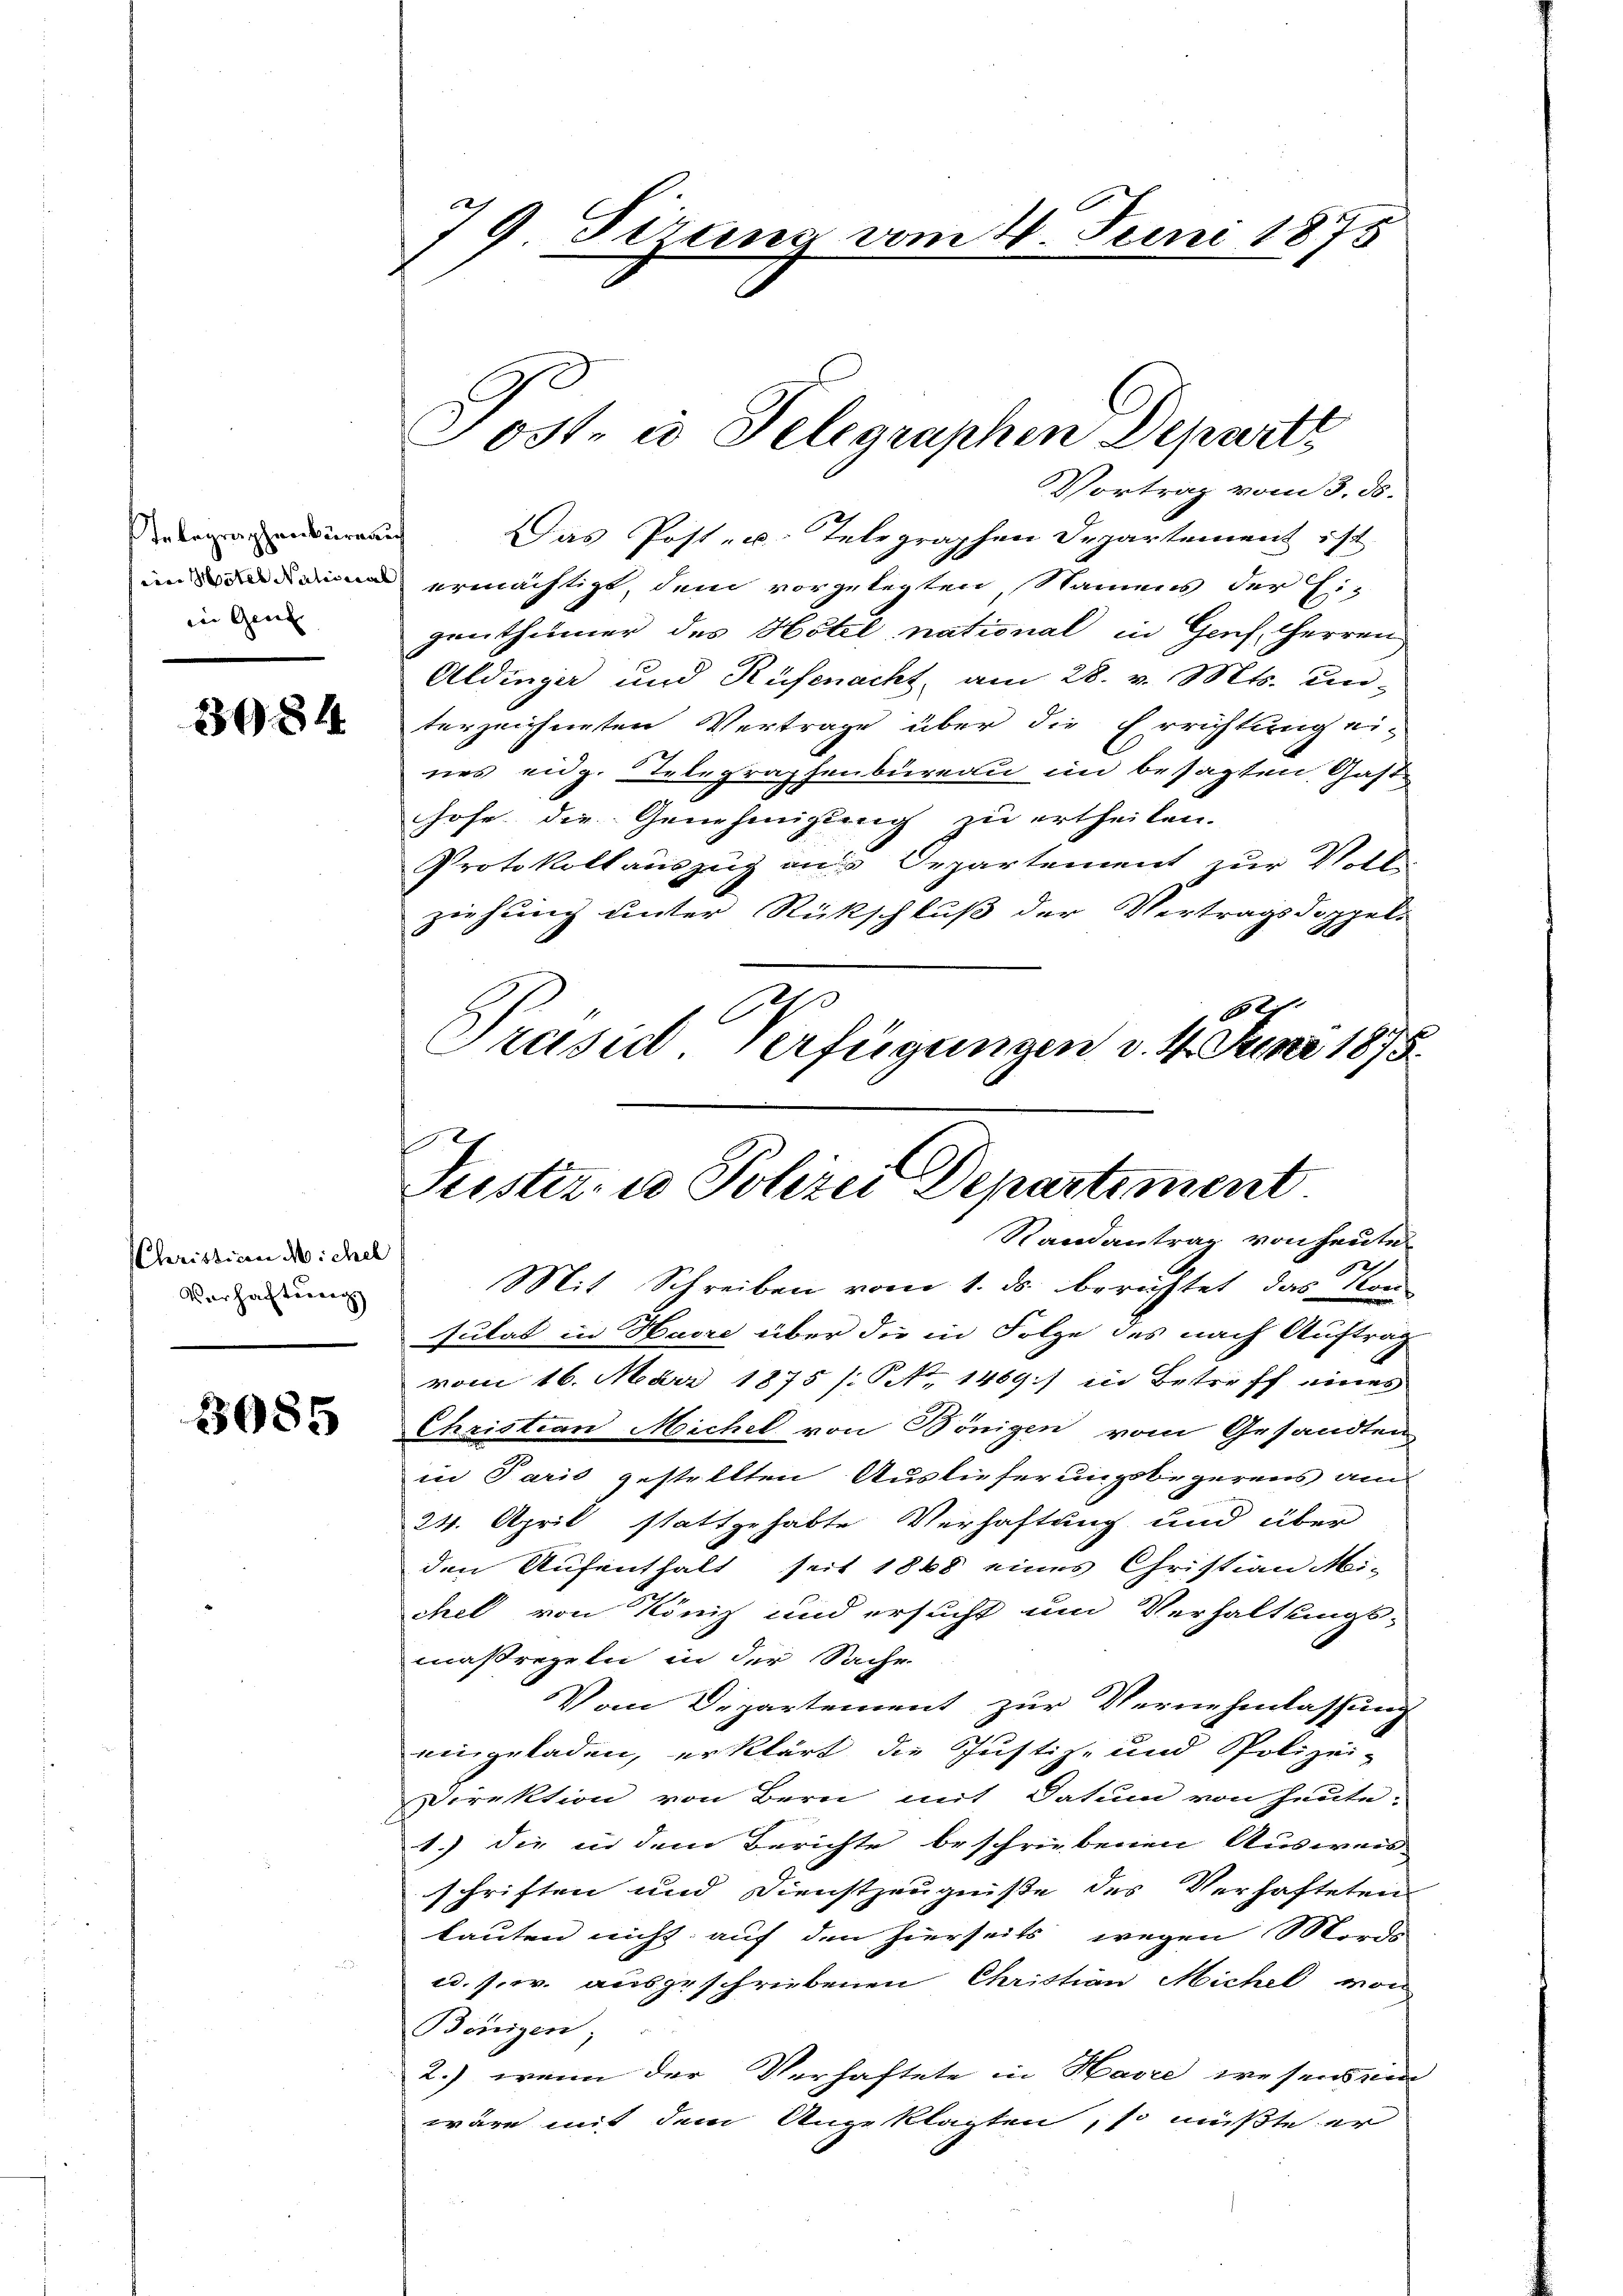
STelegraphenbüreauf
in Genf

3984.

(Christicen Michel
Verhaftung

3085

79 Sizung vom 4. Juni 1875

Jost in Telegraphen Departe

Vortrag vom 3. ds.
Das Post- u. Telegraphen Departement ist
ind ermächtigt, dem vorgelegten Namens der Ei-
genthümer des Hotel national in Genf, Herren
Aldinger und Rüfenacht, am 28. v. Mts. un-
terzeichneten Vertrage über die Errichtung ei-
nes eidg. Telegraphenbureau im besagten Gast-
hohe die Genehmigung zu ertheilen.
Protokollauszug aus Departement zur Voll-
ziehung unter Rückschluß der Vertragsdoppele
62
Präsid Verfügungen v. 4. Juni 1875.

f
Justiz- u Polizei Departement
Randantrag von heute

Mit Schreiben vom 1. ds. berichtet, das Kon-
sulat in Havre über die in Folge des nach Auftrag
vom 16. März 1875 /: No 1469) in Betreff eines
Christian Michel von Bönigen vom Gesandten
in Paris gestellten Auslieferungsbegerens au
24. April stattgehabte Verhaftung und über
den Aufenthalt seit 1868 eines Christian Mi-
chel von König und ersucht um Verhaltungs-
maßregeln in der Sache
Vom Departement zur Vernehmlassung
eingeladen, erklärt, die Justiz- und Polizei-
Direktion von Bern mit Datum von heute:
1.) die in dem Berichte beschriebenen Ausweis
schriften und Dienstzeugniße des Verhafteten
lauten nicht auf den hierseits wegen Mords
ad. pr. ausgeschriebenen Christian Michel von
Benigen
2.) wenn der Verhaftete in Havre wesens ein
wäre mit dem Angeklagten, so müßte er